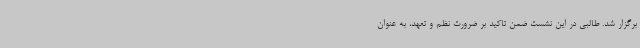
برگزار شد. طالبی در این نشست ضمن تاکید بر ضرورت نظم و تعهد، به عنوان